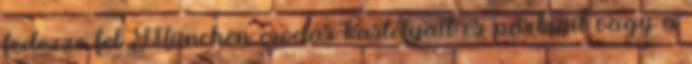
fedezze fel München csodás kastélyait és parkjait vagy a